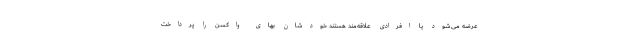
عرضه می‌شود یا افرادی علاقه‌مند هستند خودشان بهای واکسن را پرداخت